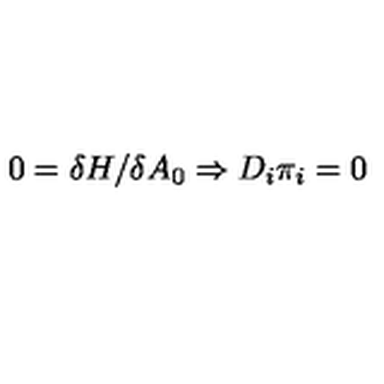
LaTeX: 0 = \delta H / \delta A _ { 0 } \Rightarrow D _ { i } \pi _ { i } = 0